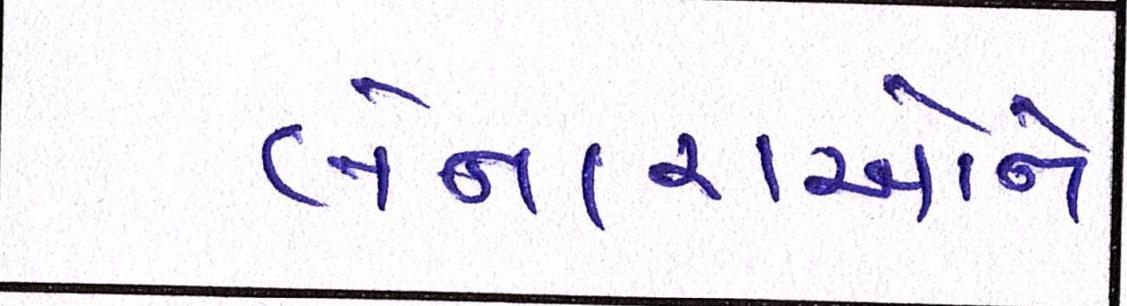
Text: લેનારાઓને